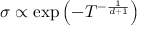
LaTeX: \sigma \propto \exp \left( - T ^ { - { \frac { 1 } { d + 1 } } } \right)